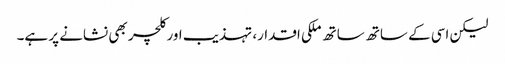
لیکن اسی کے ساتھ ساتھ ملکی اقدار، تہذیب اور کلچر بھی نشانے پر ہے۔